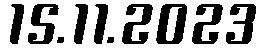
15.11.2023